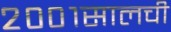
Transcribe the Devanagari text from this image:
२००१सालची